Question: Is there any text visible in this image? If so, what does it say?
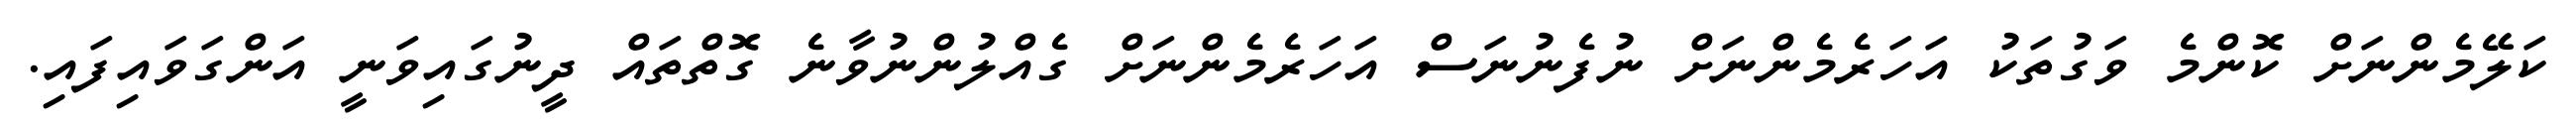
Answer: ކަލޭމެންނަށް ކޮންމެ ވަގުތަކު އަހަރެމެންނަށް ނުފެނުނަސް އަހަރެމެންނަށް ގެއްލުންނުވާނެ ގޮތްތައް ދީނުގައިވަނީ އަންގަވައިފައި.